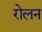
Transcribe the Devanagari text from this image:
रोलन